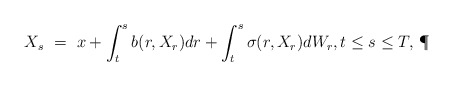
\begin{align*}X_s \ = \ x + \int_t^s b(r,X_r) dr + \int_t^s \sigma(r,X_r) dW_r, t \leq s \leq T,\,\P\end{align*}